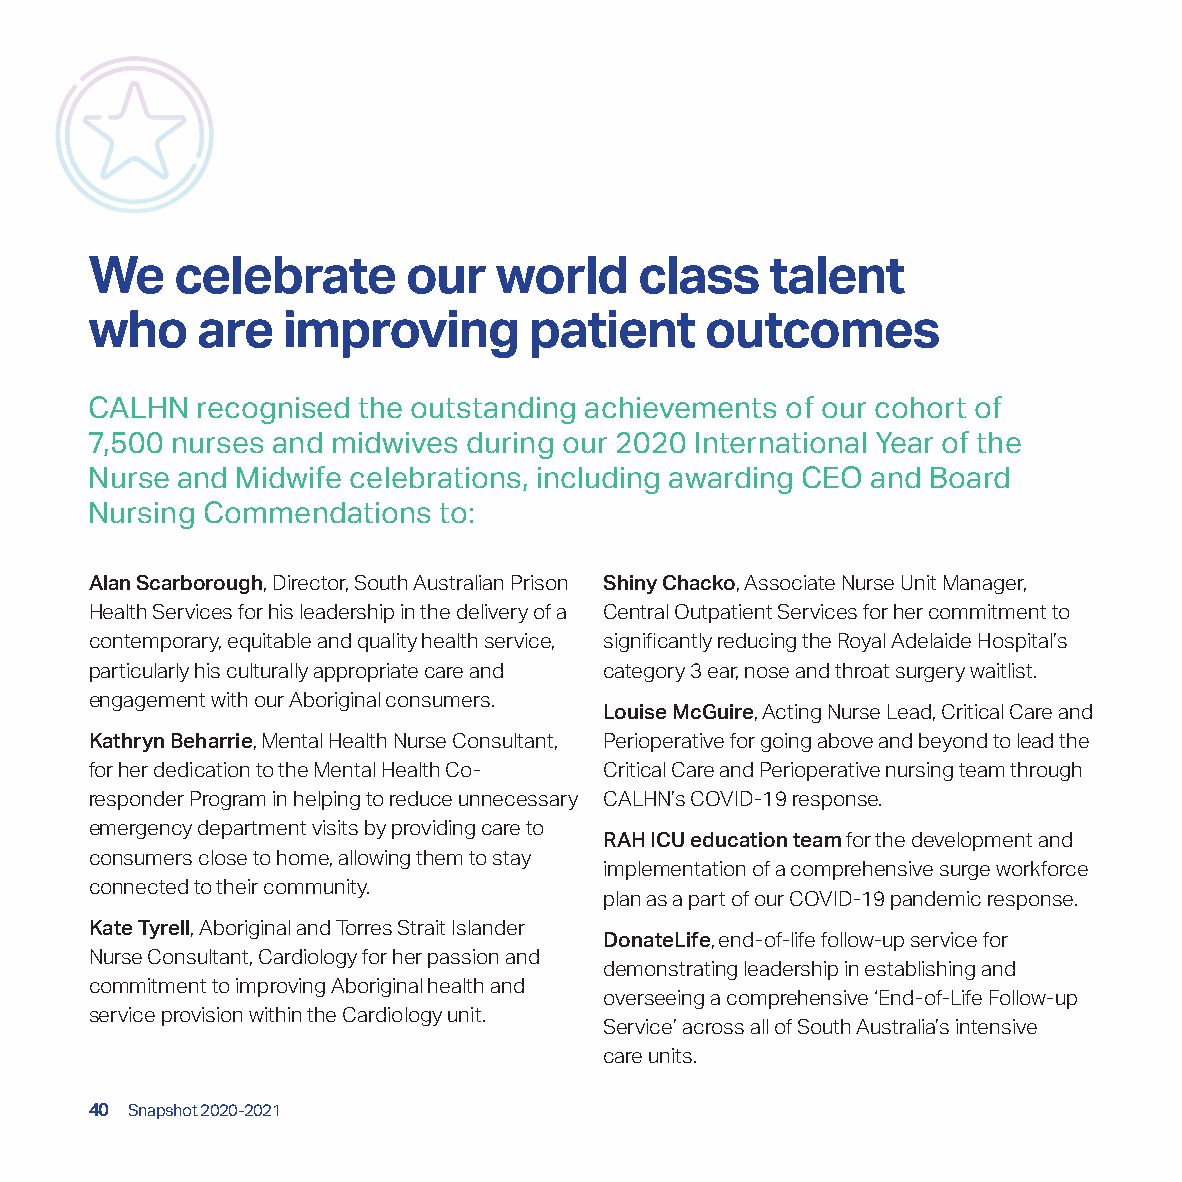
We    celebrate      our   world    class    talent
 who    are   improving       patient     outcomes
 CALHN  recognised the outstanding achievements of our cohort of
 7,500 nurses and midwives during our 2020 International Year of the
 Nurse and Midwife celebrations, including awarding CEO and Board
 Nursing Commendations  to:
 Alan Scarborough, Director, South Australian Prison Shiny Chacko, Associate Nurse Unit Manager,
 Health Services for his leadership in the delivery of a Central Outpatient Services for her commitment to
 contemporary, equitable and quality health service, significantly reducing the Royal Adelaide Hospital’s
 particularly his culturally appropriate care and category 3 ear, nose and throat surgery waitlist.
 engagement with our Aboriginal consumers.
 Louise McGuire, Acting Nurse Lead, Critical Care and
 Kathryn Beharrie, Mental Health Nurse Consultant, Perioperative for going above and beyond to lead the
 for her dedication to the Mental Health Co- Critical Care and Perioperative nursing team through
 responder Program in helping to reduce unnecessary CALHN’s COVID-19 response.
 emergency department visits by providing care to
 RAH ICU education team for the development and
 consumers close to home, allowing them to stay
 implementation of a comprehensive surge workforce
 connected to their community.
 plan as a part of our COVID-19 pandemic response.
 Kate Tyrell, Aboriginal and Torres Strait Islander
 DonateLife, end-of-life follow-up service for
 Nurse Consultant, Cardiology for her passion and
 demonstrating leadership in establishing and
 commitment to improving Aboriginal health and
 overseeing a comprehensive ‘End-of-Life Follow-up
 service provision within the Cardiology unit.
 Service’ across all of South Australia’s intensive
 care units.
 40 Snapshot 2020-2021